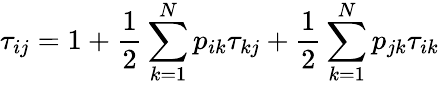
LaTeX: \tau_{ij}=1+\frac{1}{2}\sum_{k=1}^{N}p_{ik}\tau_{kj}+\frac{1}{2}\sum_{k=1}^{N}p_{jk}\tau_{ik}